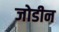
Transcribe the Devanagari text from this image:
जोडीन